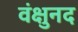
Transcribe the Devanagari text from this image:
वंक्षुनद